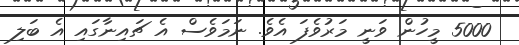
5000 މީހުން ވަނީ މަރުވެފަ އެވެ. ނަމަވެސް އެ ޗައިނާގައި އެ ބަލި